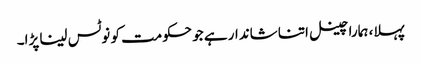
پہلا، ہمارا چینل اتنا شاندار ہے جو حکومت کو نوٹس لینا پڑا۔